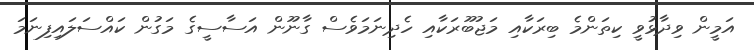
އަމީން ވިދާޅުވީ ކިތަންމެ ބިރަކާއި މަޖުބޫރަކާއި ހެދިނަމަވެސް ގާނޫން އަސާސީގެ މަގުން ކައްސަލައިފިނަމަ